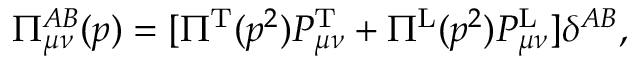
\Pi _ { \mu \nu } ^ { A B } ( p ) = [ \Pi ^ { \mathrm { T } } ( p ^ { 2 } ) P _ { \mu \nu } ^ { \mathrm { T } } + \Pi ^ { \mathrm { L } } ( p ^ { 2 } ) P _ { \mu \nu } ^ { \mathrm { L } } ] \delta ^ { A B } ,